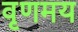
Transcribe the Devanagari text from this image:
वृणमय